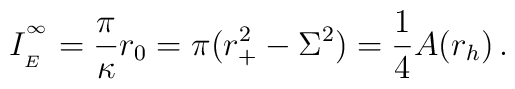
I_{\phantom{}_{E}}^{\phantom{}^\infty} = \frac{\pi}{\kappa}r_0 =\pi(r_+^2 -\Sigma^2) =\frac{1}{4} A(r_h) \, .